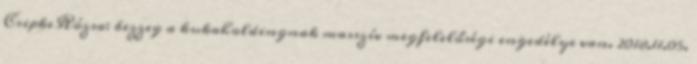
CsipkeRózsa: bezzeg a kukaholdingnak masszív megfelelőségi engedélye van. 2018.11.05.